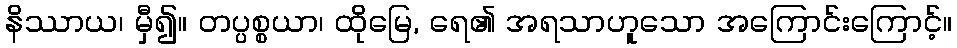
နိဿာယ၊ မှီ၍။ တပ္ပစ္စယာ၊ ထိုမြေ, ရေ၏ အရသာဟူသော အကြောင်းကြောင့်။